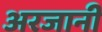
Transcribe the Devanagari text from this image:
अरजानी